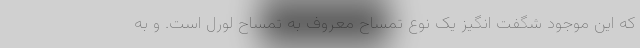
که این موجود شگفت انگیز یک نوع تمساح معروف به تمساح لورل است. و به